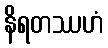
နိရတဿဟံ